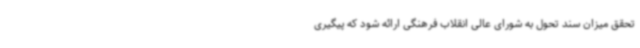
تحقق میزان سند تحول به شورای عالی انقلاب فرهنگی ارائه شود که پیگیری